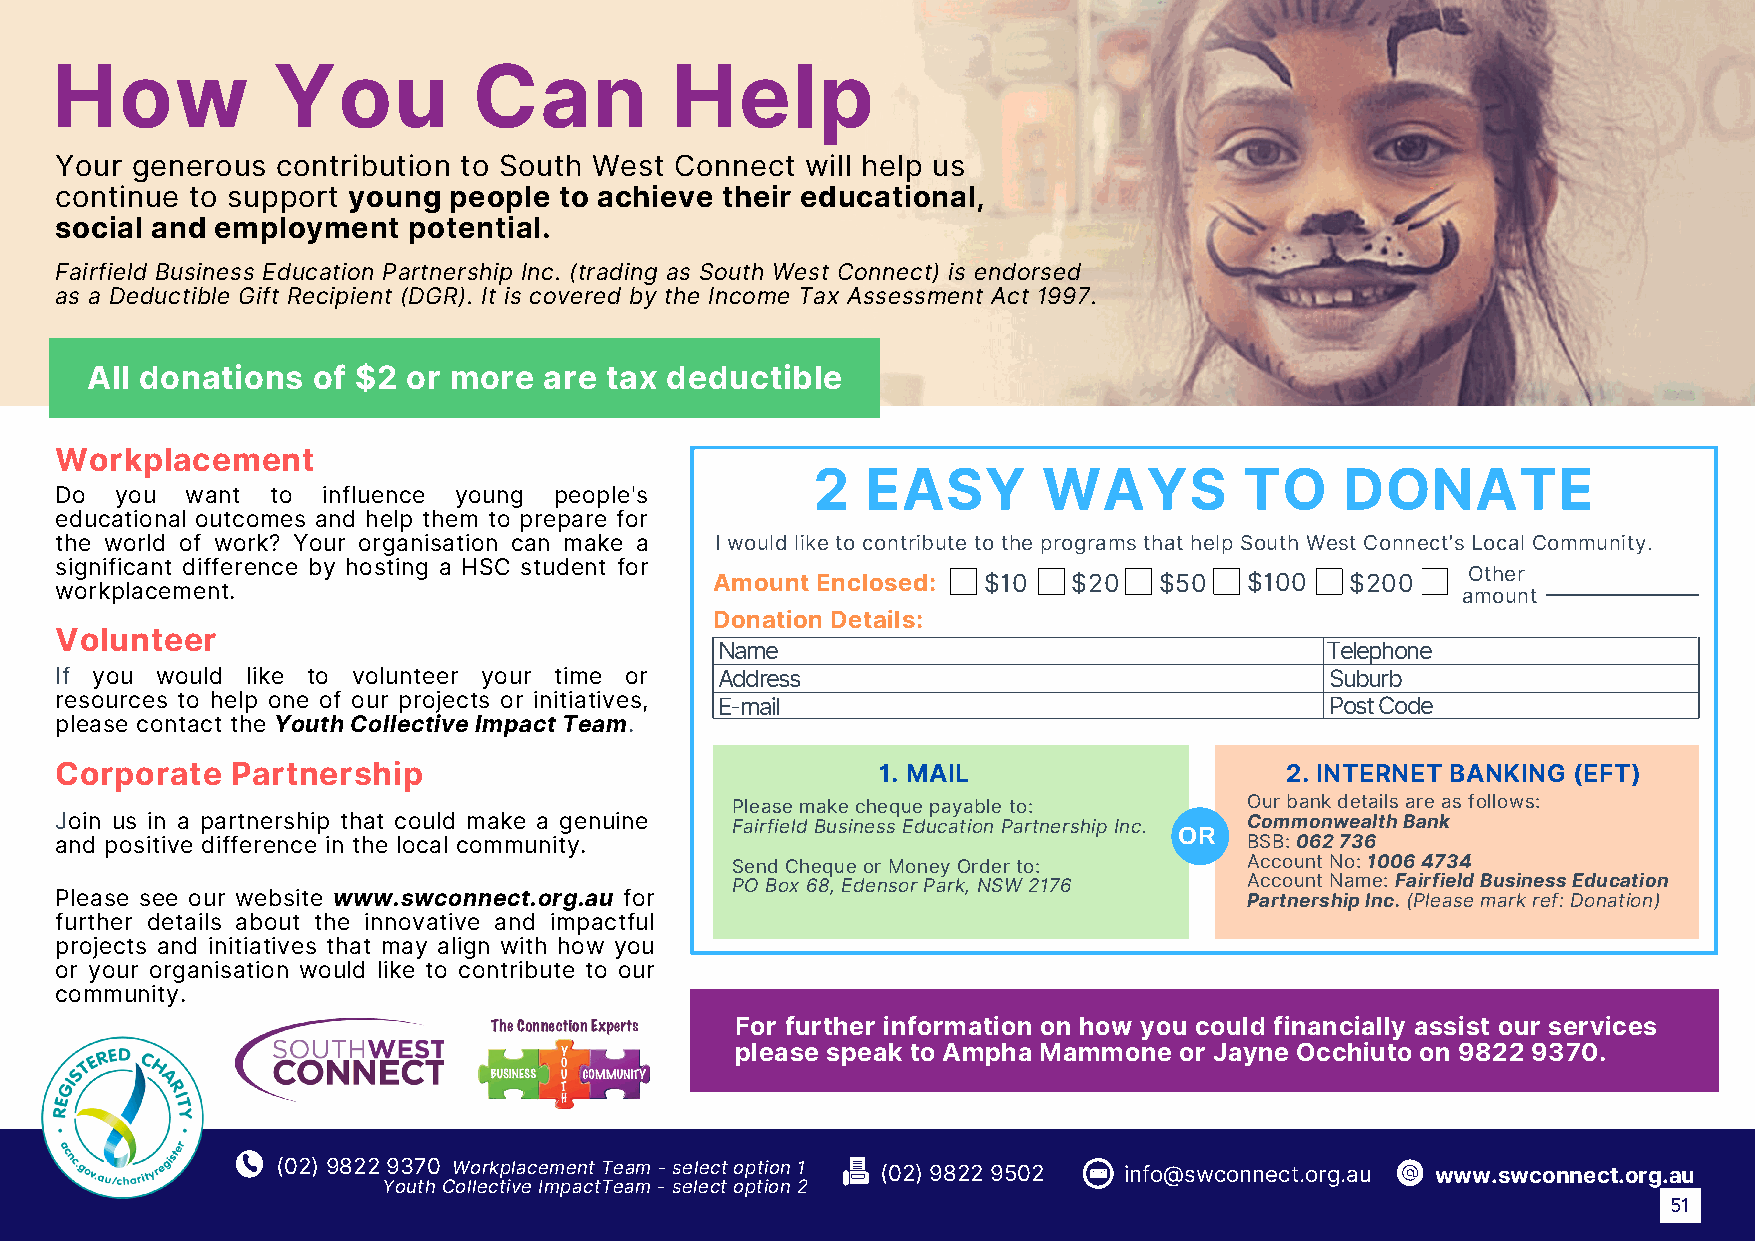
How            You          Can          Help
 Your generous contribution to South West Connect will help us
 continue to support young people to achieve their educational,
 social and employment  potential.
 Fairfield Business Education Partnership Inc. (trading as South West Connect) is endorsed
 as a Deductible Gift Recipient (DGR). It is covered by the Income Tax Assessment Act 1997.
 All donations  of $2 or more  are tax deductible
 Workplacement
 2  EASY        WAYS         TO     DONATE
 Do  you want  to influence young people's
 educational outcomes and help them to prepare for
 the world of work? Your organisation can make a I would like to contribute to the programs that help South West Connect’s Local Community.
 significant difference by hosting a HSC student for
 Other
 Amount Enclosed:  $10   $20   $50  $100   $200
 workplacement.                                                                               amount
 Donation Details:
 Volunteer
 Name                                     Telephone
 If you would like to volunteer your time or Address                                 Suburb
 resources to help one of our projects or initiatives, E-mail                        Post Code
 please contact the Youth Collective Impact Team.
 Corporate  Partnership                                1. MAIL                    2. INTERNET BANKING (EFT)
 Please make cheque payable to:    Our bank details are as follows:
 Join us in a partnership that could make a genuine Fairfield Business Education Partnership Inc. OR Commonwealth Bank
 and positive difference in the local community.                               BSB: 062 736
 Send Cheque or Money Order to:    Account No: 1006 4734
 PO Box 68, Edensor Park, NSW 2176 Account Name: Fairfield Business Education
 Please see our website www.swconnect.org.au for                               Partnership Inc. (Please mark ref: Donation)
 further details about the innovative and impactful
 projects and initiatives that may align with how you
 or your organisation would like to contribute to our
 community.
 For further information on how you could financially assist our services
 please speak to Ampha Mammone or Jayne Occhiuto on 9822 9370.
 (02) 9822 9370 Workplacement Team - select option 1 (02) 9822 9502 info@swconnect.org.au www.swconnect.org.au
 Youth Collective ImpactTeam - select option 2
 51